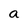
Character: a